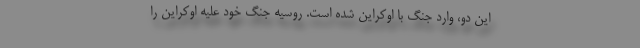
این دو، وارد جنگ با اوکراین شده است. روسیه جنگ خود علیه اوکراین را